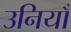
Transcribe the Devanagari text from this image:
उनियाँ